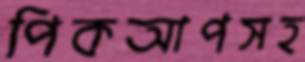
পিকআপসহ